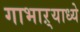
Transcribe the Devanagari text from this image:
गाभाऱ्याध्ये